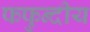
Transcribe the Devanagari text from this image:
फफुन्दीय